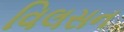
વિલસન